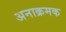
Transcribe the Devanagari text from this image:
अनाक्रमक